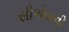
સીએમવી